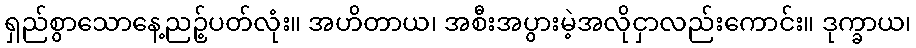
ရှည်စွာသောနေ့ညဉ့်ပတ်လုံး။ အဟိတာယ၊ အစီးအပွားမဲ့အလိုငှာလည်းကောင်း။ ဒုက္ခာယ၊